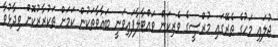
ޖުލައި މަހުގެ ތެރޭގައި މުރްސީގެ ވެރިކަން ވައްޓާލާފައިވަނީ ބަޣާވާތަކުން ކަމަށް ތަކުރާރުކޮށް ވިދާޅުވާ